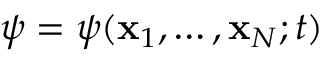
\psi = \psi ( { \bf x } _ { 1 } , \ldots , { \bf x } _ { N } ; t )